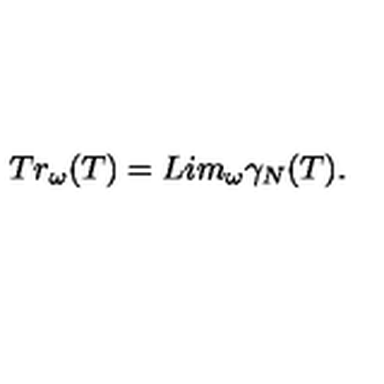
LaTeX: T r _ { \omega } ( T ) = L i m _ { \omega } { \gamma } _ { N } ( T ) .